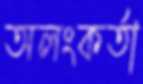
অলংকর্তা